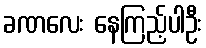
ခဏလေး နေကြည့်ပါဦး